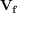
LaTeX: \mathbf { V _ { f } }